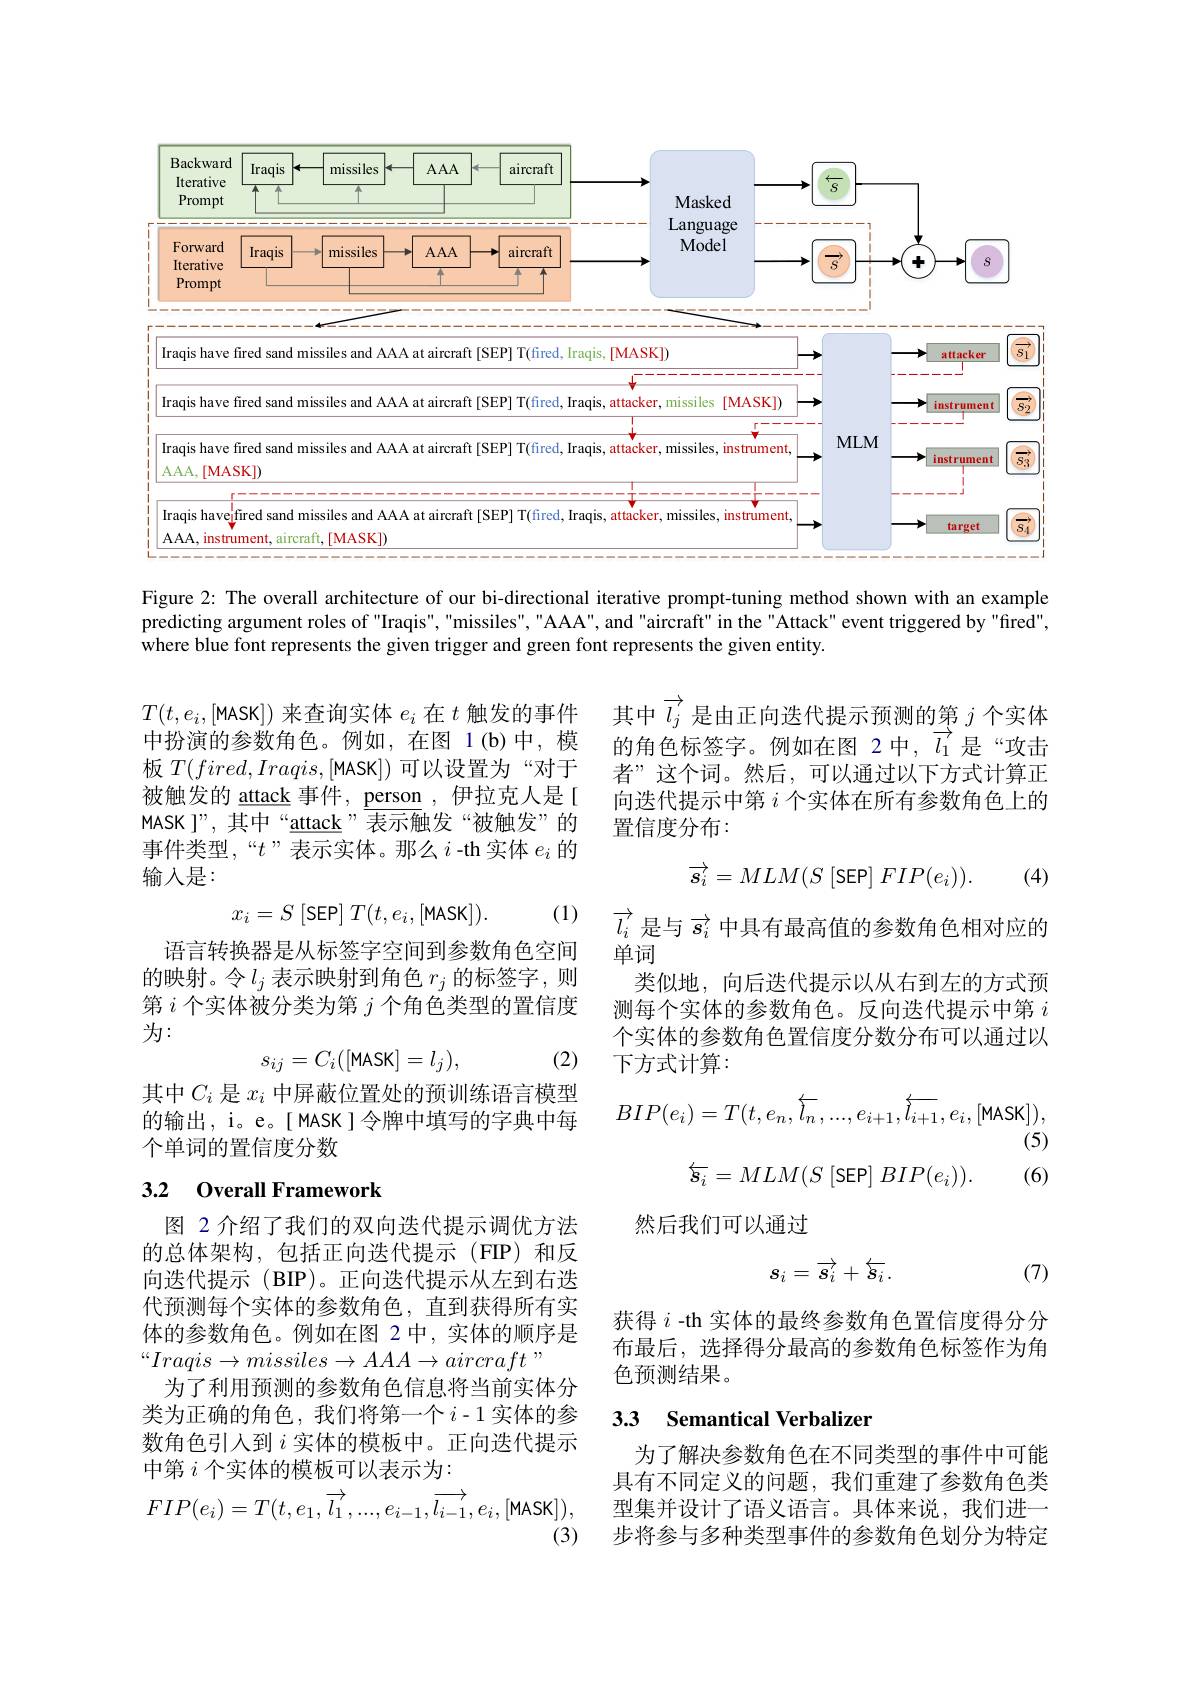
<FigureHere>

Figure 2: The overall architecture of our bi-directional iterative prompt-tuning method shown with an example predicting argument roles of "Iraqis", "missiles", "AAA", and "aircraft" in the"Attack" event triggered by "fired", where blue font represents the given trigger and green font represents the given entity.

其中$\overrightarrow{l_j}$是由正向迭代提示预测的第$j$个实体的角色标签字。例如在图 2中，$\overrightarrow{l_1}$是“攻击者”这个词。然后，可以通过以下方式计算正向迭代提示中第$i$个实体在所有参数角色上的置信度分布：

$T(t,e_{i},[$MASK])来查询实体$e_i$在$t$触发的事件中扮演的参数角色。例如，在图 1(b)中，模板$T(fired,Iraqis,[$MASK])可以设置为“对于被触发的 attack 事件，person ,伊拉克人是[ MASK ]”,其中“attack”表示触发“被触发”的事件类型，“$t$”表示实体。那么$i$ -th 实体$e_i$的输入是：

(4)
$$\overrightarrow{\boldsymbol{s}_i}=MLM(S\:[\mathsf{SEP}]\:FIP(e_i)).$$
$\begin{array}{cc}{(1)}&{\overrightarrow{l_{i}}\text{ 是与 }\overrightarrow{s_{i}}\text{ 中具有最高值的参数角色相对应的}}\\{{\text{它间}}}&{\overrightarrow{l_{i}}\text{ 是与 }\overrightarrow{s_{i}}\text{ 中具有最高值的参数角色相对应的}}\end{array}$
$$x_i=S\text{[SEP]}T(t,e_i,[\text{MASK}]).$$
语言转换器是从标签字空间到参数角色空间的映射。令$l_j$表示映射到角色$r_j$的标签字，则第$i$个实体被分类为第$j$个角色类型的置信度为：
$$s_{ij}=C_i([\text{MASK}]=l_j),$$
单词
类似地，向后迭代提示以从右到左的方式预测每个实体的参数角色。反向迭代提示中第$i$ 个实体的参数角色置信度分数分布可以通过以下方式计算：

(2)
$$BIP(e_i)=T(t,e_n,\overleftarrow{l_n},...,e_{i+1},\overleftarrow{l_{i+1}},e_i,[\text{MASK}]),$$
(5)

其中$C_i$是$x_i$中屏蔽位置处的预训练语言模型的输出，i。e。[ MASK]令牌中填写的字典中每个单词的置信度分数
$$\overline{\boldsymbol{s}_i}=MLM(S\:[\mathsf{SEP}]\:BIP(e_i)).$$
(6)

### 3.2 0verall Framework

然后我们可以通过
$$s_i=\overrightarrow{s_i}+\overleftarrow{s_i}.$$
(7)

图 2 介绍了我们的双向迭代提示调优方法的总体架构，包括正向迭代提示(FIP)和反向迭代提示 (BIP)。正向迭代提示从左到右迭代预测每个实体的参数角色，直到获得所有实体的参数角色。例如在图 2中，实体的顺序是“$Iraqis\to missiles\to AAA\to aircraft~”$
为了利用预测的参数角色信息将当前实体分类为正确的角色，我们将第一个$i-1$实体的参数角色引入到$i$实体的模板中。正向迭代提示中第$i$个实体的模板可以表示为：

获得$i$ -th 实体的最终参数角色置信度得分分布最后，选择得分最高的参数角色标签作为角色预测结果。

## 3.3 Semantical Verbalizer

为了解决参数角色在不同类型的事件中可能具有不同定义的问题，我们重建了参数角色类型集并设计了语义语言。具体来说，我们进一步将参与多种类型事件的参数角色划分为特定
$$FIP(e_i)=T(t,e_1,\overrightarrow{l_1},...,e_{i-1},\overrightarrow{l_{i-1}},e_i,$$
(3)